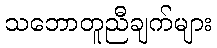
သဘောတူညီချက်များ